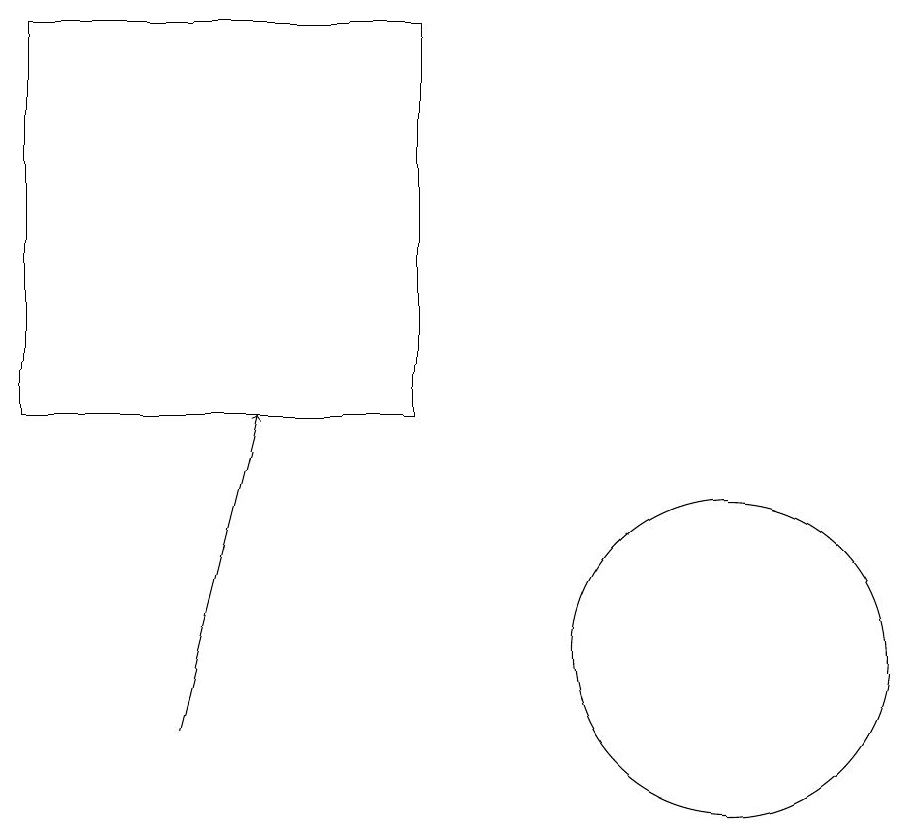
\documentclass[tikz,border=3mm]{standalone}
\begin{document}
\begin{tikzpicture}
\draw (7,14) rectangle (2,19);
\draw[->] (4,10) -- (5,14);
\draw (11,11) circle (2);
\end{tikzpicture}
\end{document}